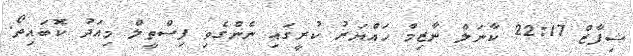
ޝިފާޒް 22:17 ކާނަލް ނާޒިމް ހައްޔަރު ކުރީގައި ނެންގެވި ފިސްތީލް މިއަދު ކޮބައިތޯ.